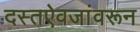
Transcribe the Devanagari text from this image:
दस्तऐवजांवरून